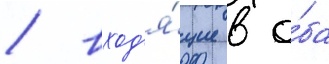
/ вход'я́щие в о́ба